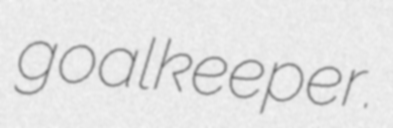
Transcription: goalkeeper.